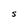
Character: S